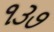
૧૩૭